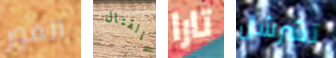
الفور بالقتال تارا تشرشل